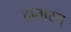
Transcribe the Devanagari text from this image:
दातारम्